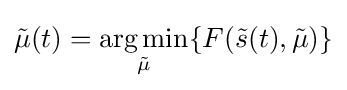
{\tilde {\mu }}(t)={\underset {\tilde {\mu }}{\operatorname {arg\,min} }}\{F({\tilde {s}}(t),{\tilde {\mu }})\}